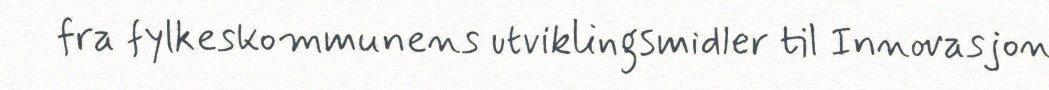
fra fylkeskommunens utviklingsmidler til Innovasjon